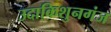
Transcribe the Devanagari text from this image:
उदाकिशुनगंज